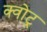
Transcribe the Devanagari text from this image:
क्वोट्र